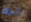
اتجه